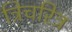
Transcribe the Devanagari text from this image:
त्रिचरित्र